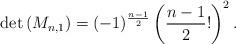
LaTeX: \begin{align*} \operatorname{det}\left(M_{n,1}\right)=(-1)^{\frac{n-1}{2}}\left(\frac{n-1}{2} !\right)^{2}. \end{align*}